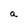
Character: a